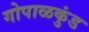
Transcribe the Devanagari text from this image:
गोपाळकुंड